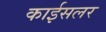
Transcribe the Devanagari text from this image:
काईसलर